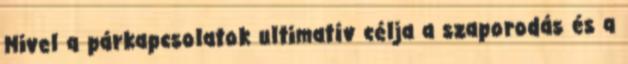
Mivel a párkapcsolatok ultimatív célja a szaporodás és a